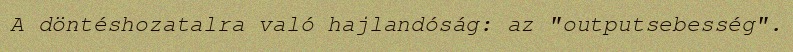
A döntéshozatalra való hajlandóság: az "outputsebesség".